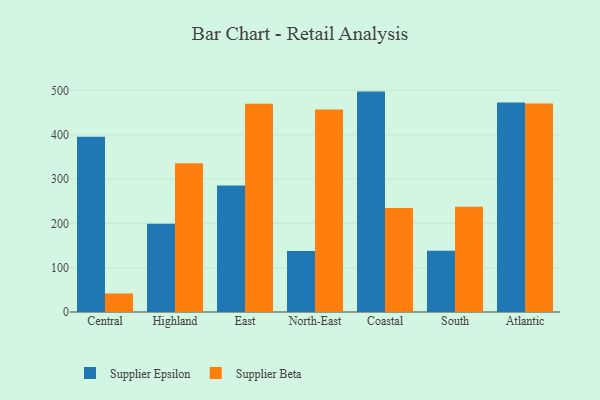
{"axis": {"x": "Region", "y": "Latency (ms)"}, "legend": ["Supplier Beta", "Supplier Epsilon"], "data": [{"x": "Central", "y": 395.5, "type": "Supplier Epsilon"}, {"x": "Central", "y": 41.8, "type": "Supplier Beta"}, {"x": "Highland", "y": 199.0, "type": "Supplier Epsilon"}, {"x": "Highland", "y": 335.8, "type": "Supplier Beta"}, {"x": "East", "y": 285.2, "type": "Supplier Epsilon"}, {"x": "East", "y": 469.8, "type": "Supplier Beta"}, {"x": "North-East", "y": 137.4, "type": "Supplier Epsilon"}, {"x": "North-East", "y": 456.7, "type": "Supplier Beta"}, {"x": "Coastal", "y": 497.2, "type": "Supplier Epsilon"}, {"x": "Coastal", "y": 234.8, "type": "Supplier Beta"}, {"x": "South", "y": 138.0, "type": "Supplier Epsilon"}, {"x": "South", "y": 237.6, "type": "Supplier Beta"}, {"x": "Atlantic", "y": 472.4, "type": "Supplier Epsilon"}, {"x": "Atlantic", "y": 470.1, "type": "Supplier Beta"}]}